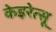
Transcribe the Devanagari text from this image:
केइरेत्सू